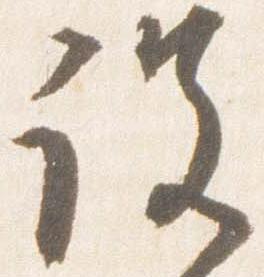
没